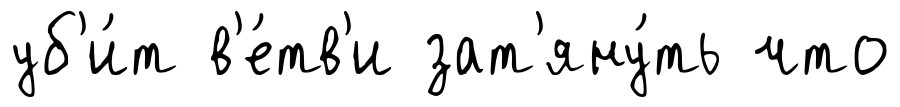
уб'и́т в'е́тв'и зат'яну́ть что